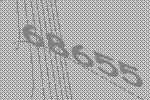
68655